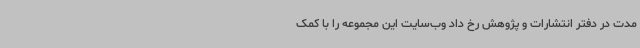
مدت در دفتر انتشارات و پژوهش رخ داد وب‌سایت این مجموعه را با کمک